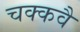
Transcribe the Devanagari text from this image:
चक्‍कवै